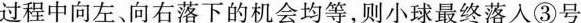
过程中向左、向右落下的机会均等，则小球最终落入③号